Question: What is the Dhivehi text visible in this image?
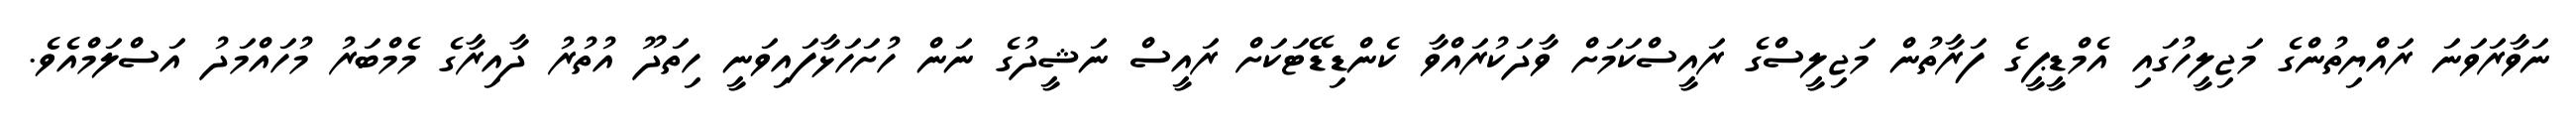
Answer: ނަވާރަވަނަ ރައްޔިތުންގެ މަޖިލީހުގައި އެމްޑީޕީގެ ފަރާތުން މަޖިލީސްގެ ރައީސްކަމަށް ވާދަކުރައްވާ ކެންޑިޑޭޓަކަށް ރައީސް ނަޝީދުގެ ނަން ހުށަހަޅާފައިވަނީ ހިތަދޫ އުތުރު ދާއިރާގެ މެމްބަރު މުހައްމަދު އަސްލަމްއެވެ.